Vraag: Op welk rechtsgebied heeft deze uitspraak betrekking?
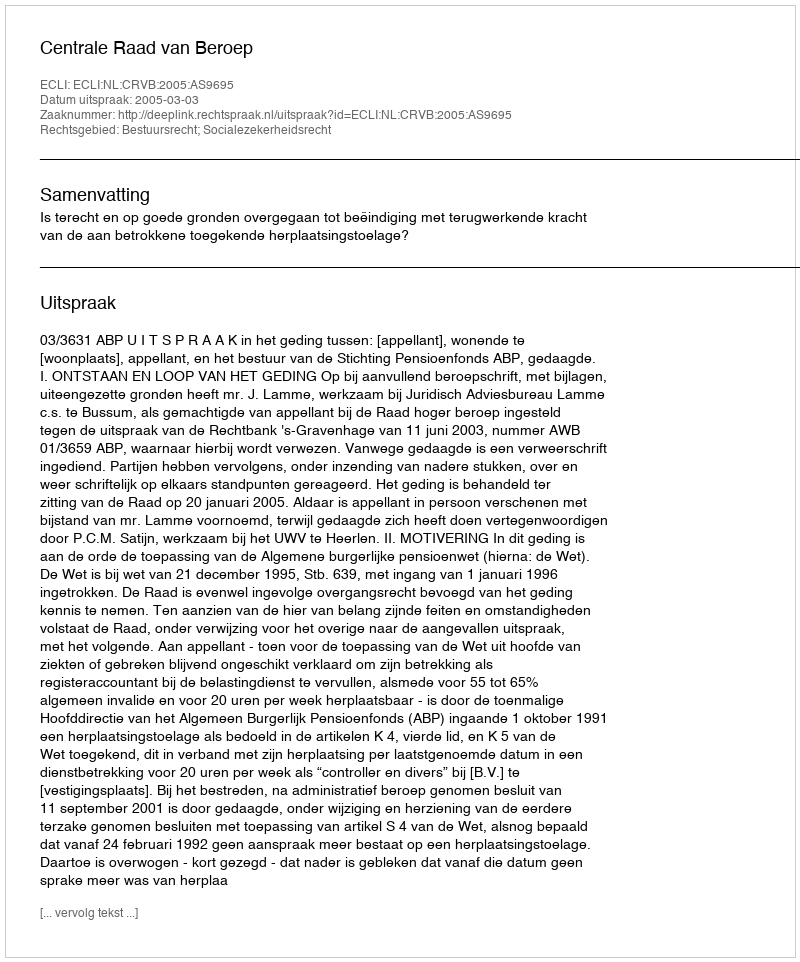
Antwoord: Bestuursrecht; Socialezekerheidsrecht